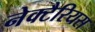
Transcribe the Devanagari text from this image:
नेक्टैरियस